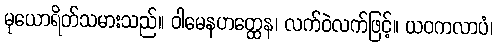
မုယောရိတ်သမားသည်။ ဝါမေနဟတ္ထေန၊ လက်ဝဲလက်ဖြင့်။ ယဝကလာပံ၊